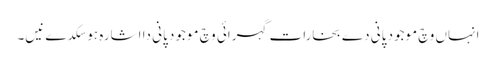
انہاں وچ موجود پانی دے بخارات گہرائی وچ موجود پانی دا اشارہ ہو سکدے نیں۔